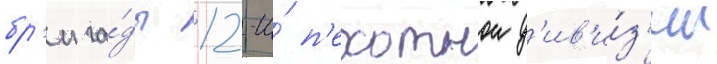
бр'ига́ды 12-и́ п'ехотнои д'ив'и́з'ии